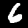
Label: 6